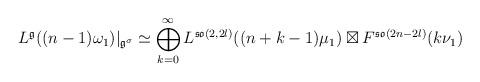
LaTeX: \begin{align*}L^{\frak{g}}((n-1)\omega_1)|_{\frak{g}^\sigma}\simeq\bigoplus_{k=0}^{\infty} L^{\frak{so}(2,2l)}((n+k-1)\mu_1)\boxtimes F^{\frak{so}(2n-2l)}(k\nu_1)\end{align*}